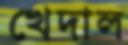
খেদাল